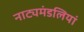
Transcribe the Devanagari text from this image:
नाट्यमंडलियां